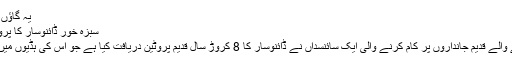
یہ گاؤں یمن کے…
سبزہ خور ڈائنوسار کا پروٹین دریافت
ختم ہوجانے والے قدیم جانداروں پر کام کرنے والی ایک سائنسداں نے ڈائنوسار کا 8 کروڑ سال قدیم پروٹین دریافت کیا ہے جو اس کی ہڈیوں میں موجود تھا۔